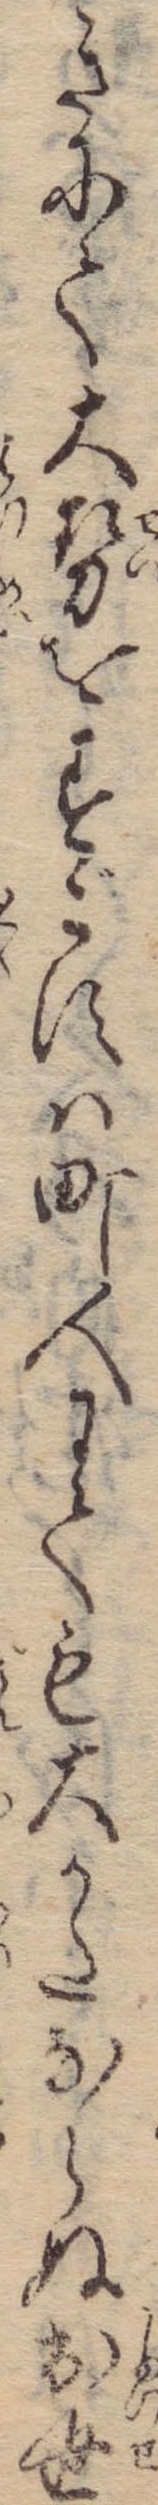
きにて大勢をすごすは町人にても大かたならぬ出世